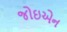
જોઇએન